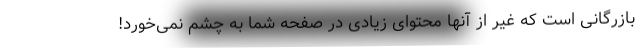
بازرگانی است که غیر از آنها محتوای زیادی در صفحه شما به چشم نمی‌خورد!